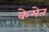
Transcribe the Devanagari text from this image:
केमेत